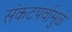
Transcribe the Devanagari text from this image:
संकटपर्वामुळे